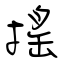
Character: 搖